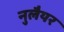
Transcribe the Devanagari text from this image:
नुलैयर